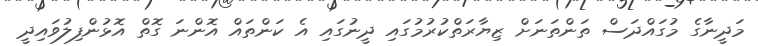
މަދީނާގެ މުގައްދަސް ތަންތަނަށް ޒިޔާރަތްކުރުމުގައި ދީނުގައި އެ ކަންތައް އޮންނަ ގޮތް އޮޅުންފިލުވައިދީ